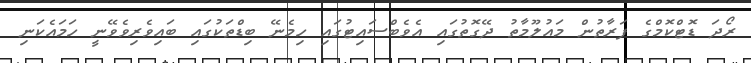
ރޯދަ ޑޮޓްކޮމްގެ ފަރާތުން މައުލޫމާތު ދޭގޮތުގައި އެވެބްސައިޓުގައި ހިމެނޭ ބިޑްތަކުގައި ބައިވެރިވެވޭނީ ހަމައެކަނި